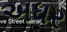
અધર